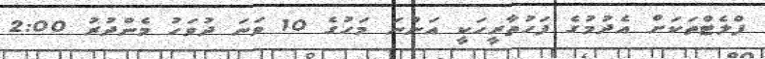
ފްލެޓްތަކަށް އެދުމުގެ ފަހުތާރީހަކީ އަންނަ މަހުގެ 10 ވަނަ ދުވަހު މެންދުރު 2:00